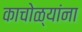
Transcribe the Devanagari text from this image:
काचोळ्यांना